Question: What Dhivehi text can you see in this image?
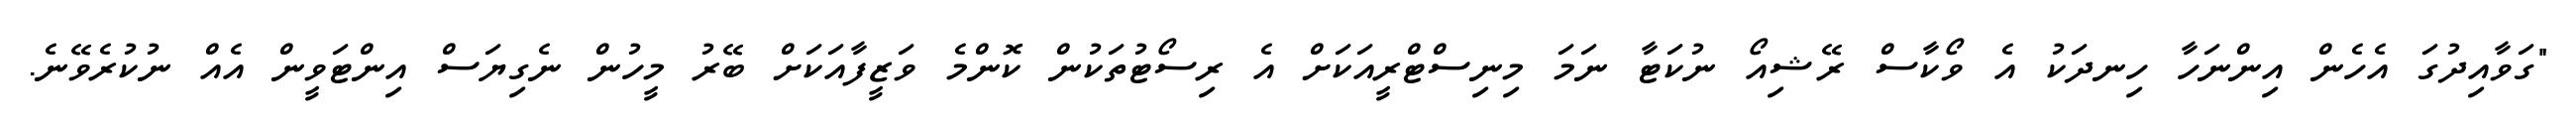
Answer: "ގަވާއިދުގަ އެހެން އިންނަހާ ހިނދަކު އެ ވޯކާސް ރޭޝިއޯ ނުކަޓާ ނަމަ މިނިސްޓްރީއަކަށް އެ ރިސޯޓުތަކުން ކޮންމެ ވަޒީފާއަކަށް ބޭރު މީހުން ނެގިޔަސް އިންޓަވީން އެއް ނުކުރެވޭނެ.